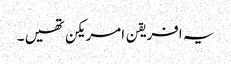
یہ افریقن امریکن تھیں ۔